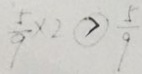
\frac { 5 } { 9 } \times 2 \textcircled { > } \frac { 5 } { 9 }